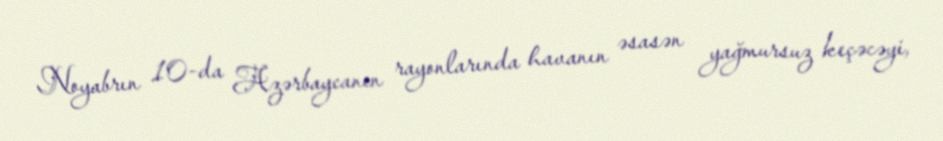
Noyabrın 10-da Azərbaycanın rayonlarında havanın əsasən yağmursuz keçəcəyi,